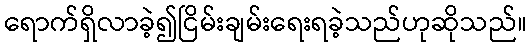
ရောက်ရှိလာခဲ့၍ငြိမ်းချမ်းရေးရခဲ့သည်ဟုဆိုသည်။